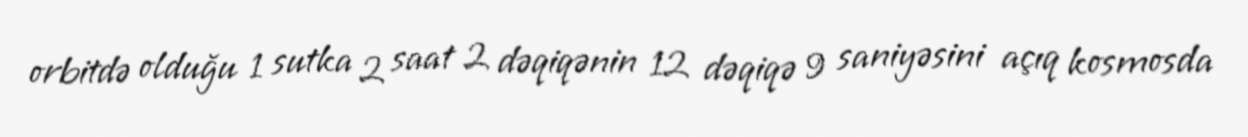
orbitdə olduğu 1 sutka 2 saat 2 dəqiqənin 12 dəqiqə 9 saniyəsini açıq kosmosda